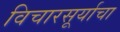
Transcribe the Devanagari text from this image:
विचारसूर्याचा